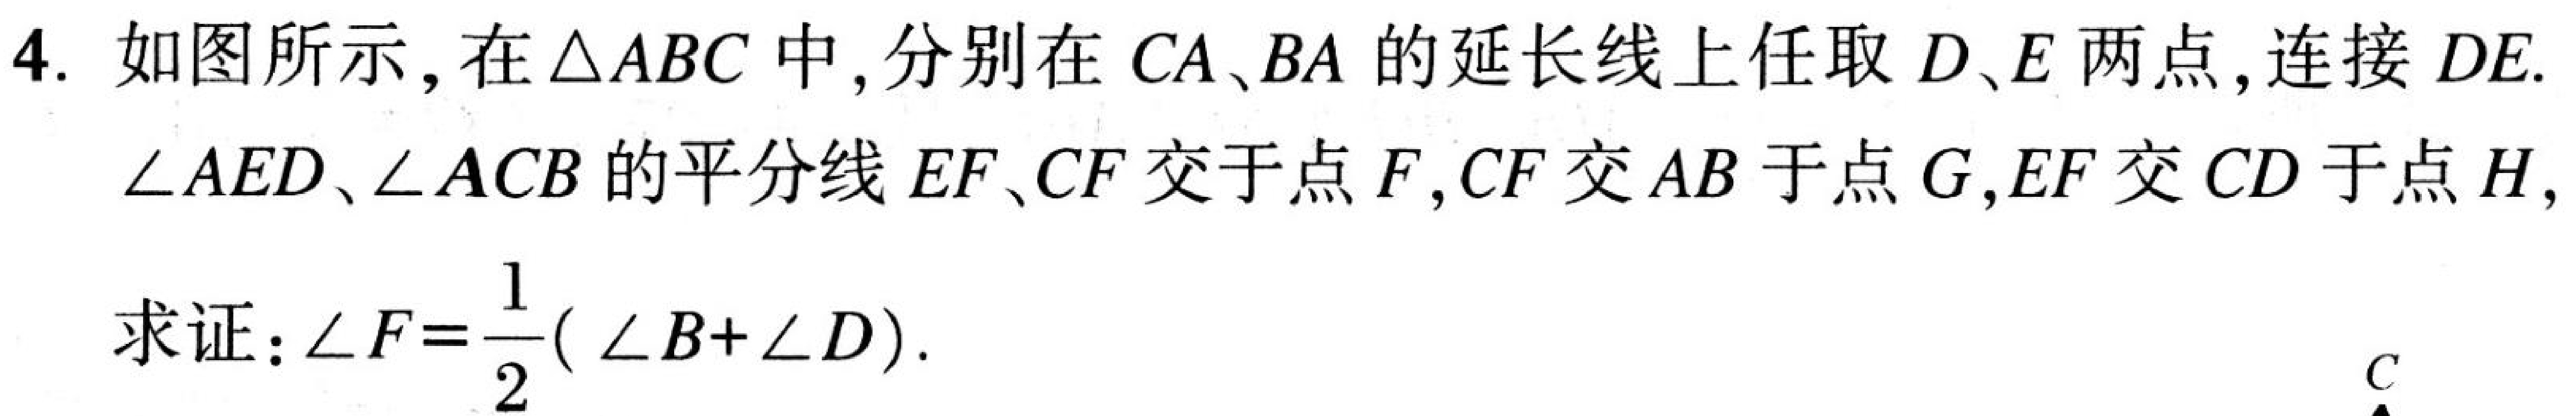
4. 如图所示，在\(\triangle ABC\)中，分别在\(CA、BA\)的延长线上任取\(D、E\)两点，连接\(DE\).
\(\angle AED、\angle ACB\)的平分线\(EF、CF\)交于点\(F\)，\(CF\)交\(AB\)于点\(G\)，\(EF\)交\(CD\)于点\(H\)，
求证：\(\angle F = \dfrac{1}{2}(\angle B+\angle D)\).